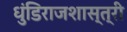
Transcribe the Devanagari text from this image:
धुंडिराजशास्त्री